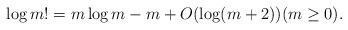
LaTeX: \begin{align*} \log m! = m \log m - m + O(\log (m+2)) (m\geq 0).\end{align*}